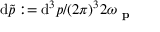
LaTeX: \mathrm { d } { \tilde { p } } : = \mathrm { d } ^ { 3 } p / ( 2 \pi ) ^ { 3 } 2 \omega _ { \textbf { p } }